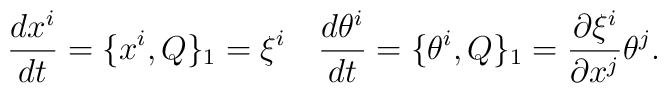
\frac{d x^i}{dt}=\{x^{i} , Q\}_{1}=\xi^i \quad\frac{d\theta^i }{dt} =\{\theta^{i} , Q\}_{1} =\frac{\partial \xi^i}{\partial x^j}\theta^j.